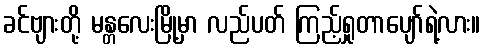
ခင်ဗျားတို့ မန္တလေးမြို့မှာ လည်ပတ် ကြည့်ရှုတာပျော်ရဲ့လား။